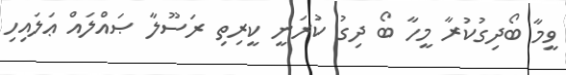
ވީމާ ބޯދިގުކުރާ މީހާ ބޯ ދިގު ކުރަނީ ކީރިތި ރަސޫލާ ޞައްލައް ޢަލައިހި